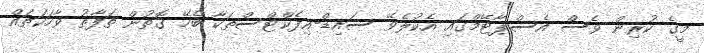
މީގެ ކުރިން ވެސް އެސްޕާޓޭމްގައި އެކުލެވޭ ސައިޑް-އިފެކްޓްސްތަކާ ބެހޭ ގޮތުން ތަފާތު ވާހަކަތައް